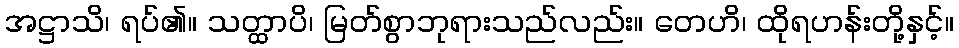
အဋ္ဌာသိ၊ ရပ်၏။ သတ္ထာပိ၊ မြတ်စွာဘုရားသည်လည်း။ တေဟိ၊ ထိုရဟန်းတို့နှင့်။